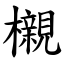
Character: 櫬